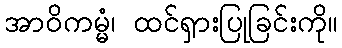
အာဝိကမ္မံ၊ ထင်ရှားပြုခြင်းကို။